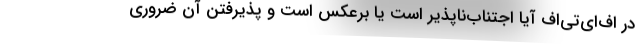
در اف‌ای‌تی‌اف آیا اجتناب‌ناپذیر است یا برعکس است و پذیرفتن آن ضروری